Medical and sanitary report on the native army of Bombay for the year
Year: 1877
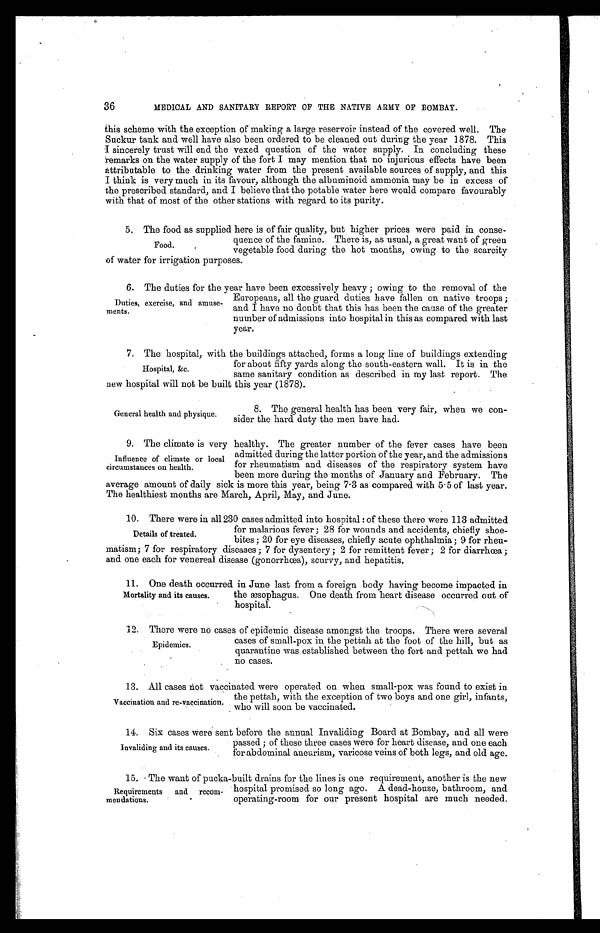
13. All cases not vaccinated were operated on when small-pox was found to exist in
the pettah, with the exception of two boys and one girl, infants,
who will soon be vaccinated.
Vaccination and re-vaccination.
14. Six cases were sent before the annual Invaliding Board at Bombay, and all were
passed ; of these three cases were for heart disease, and one each
for abdominal aneurism, varicose veins of both legs, and old age.
Invaliding and its eauses.
36
MEDICAL AND SANITARY REPORT OF THE NATIVE ARMY OF BOMBAY.
this scheme with the exception of making a large reservoir instead of the covered well. The
Suckur tank and well have also been ordered to be cleaned out during the year 1878. This
I sincerely trust will end the vexed question of the water supply. In concluding these
remarks on the water supply of the fort I may mention that no injurious effects have been
attributable to the drinking water from the present available sources of supply, and this
I think is very much in its favour, although the albuminoid ammonia may be in excess of
the prescribed standard, and I believe that the potable water here would compare favourably
with that of most of the other stations with regard to its purity.
Duties, exercise, and amuse-
ments.
Hospital, &c.
5. The food as supplied here is of fair quality, but higher prices were paid in conse-
quence of the famine. There is, as usual, a great want of green
vegetable food during the hot months, owing to the scarcity
of water for irrigation purposes.
Food.
6. The duties for the year have been excessively heavy ; owing to the removal of the
Europeans, all the guard duties have fallen on native troops ;
and I have no doubt that this has been the cause of the greater
number of admissions into hospital in this as compared with last
year.
7. The hospital, with the buildings attached, forms a long line of buildings extending
for about fifty yards along the south-eastern wall. It is in the
same sanitary condition as described in my last report. The
new hospital will not be built this year (1878).
General health and physique.
8. The general health has been very fair, when we con
-sider the hard duty the men have had.
9. The climate is very healthy. The greater number of the fever cases have been
admitted during the latter portion of the year, and the admissions
for rheumatism and diseases of the respiratory system have
been more during the months of January and February. The
average amount of daily sick is more this year, being 7.3 as compared with 5.5 of last year.
The healthiest months are March, April, May, and June.
10. There were in all 230 cases admitted into hospital : of these there were 113 admitted
for malarious fever ; 28 for wounds and accidents, chiefly shoe-
bites ; 20 for eye diseases, chiefly acute ophthalmia ; 9 for rheu
-matism; 7 for respiratory diseases ; 7 for dysentery ; 2 for remittent fever ; 2 for diarrhœa ;
and one each for venereal disease (gonorrhœa), scurvy, and hepatitis.
Influence of climate or local
circumstances on health.
Details of treated.
11. One death occurred in June last from a foreign body having become impacted in
the æsophagus. One death from heart disease occurred out of
hospital.
Mortality and its causes.
12. There were no cases of epidemic disease amongst the troops. There were several
cases of small-pox in the pettah at the foot of the hill, but as
quarantine was established between the fort and pettah we had
no cases.
Epidemics.
15. The want of pucka-built drains for the lines is one requirement, another is the new
hospital promised so long ago. A dead-house, bathroom, and
operating-room for our present hospital are much needed.
Requirements and recom
-mendations.